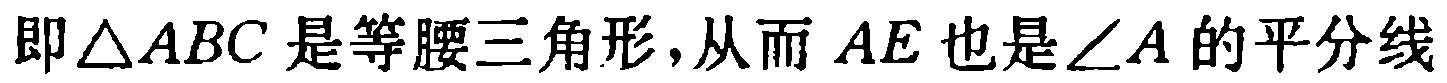
即$\triangle ABC$是等腰三角形,从而$AE$也是$\angle A$的平分线